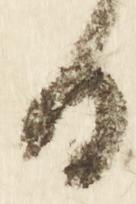
日